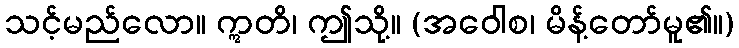
သင့်မည်လော။ ဣတိ၊ ဤသို့။ (အဝေါစ၊ မိန့်တော်မူ၏။)